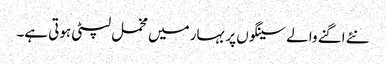
نئے اگنے والے سینگوں پر بہار میں مخمل لپٹی ہوتی ہے۔